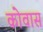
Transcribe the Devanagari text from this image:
कोवास